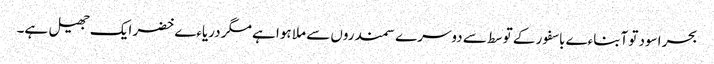
بحر اسود تو آبناءے باسفور کے توسط سے دوسرے سمندروں سے ملا ہوا ہے مگر دریاءے خضر ایک جھیل ہے۔